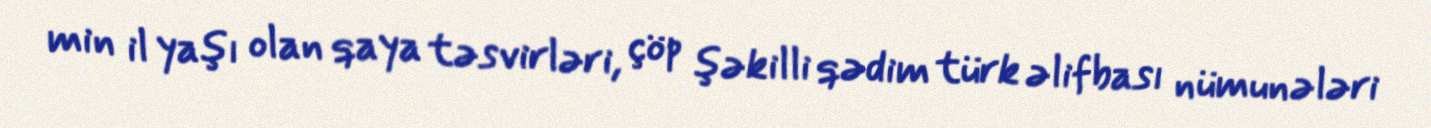
min il yaşı olan qaya təsvirləri, çöp şəkilli qədim türk əlifbası nümunələri